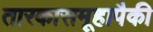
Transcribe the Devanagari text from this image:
तारकासमूहापैकी